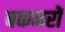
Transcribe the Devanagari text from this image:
बकनरों